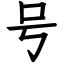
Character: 号